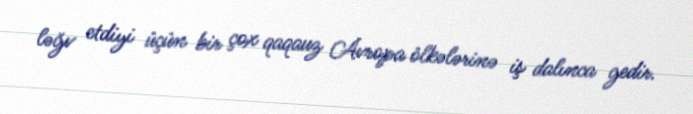
ləğv etdiyi üçün bir çox qaqauz Avropa ölkələrinə iş dalınca gedir.